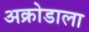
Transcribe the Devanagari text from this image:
अक्रोडाला